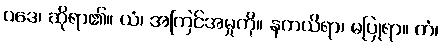
ဝဒေ၊ ဆိုရာ၏။ ယံ၊ အကြင်အမှုကို။ နကယိရာ၊ မပြုရာ။ တံ၊